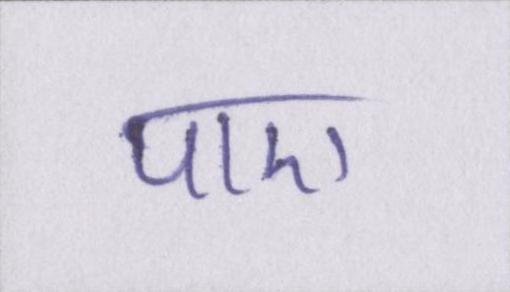
पाए